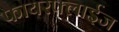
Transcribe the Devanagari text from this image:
फायरफ्लाईज